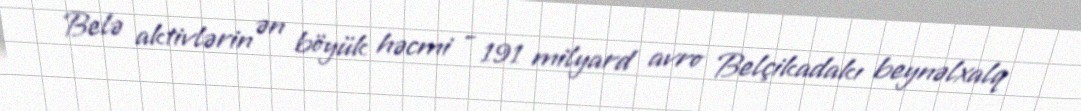
Belə aktivlərin ən böyük həcmi - 191 milyard avro Belçikadakı beynəlxalq